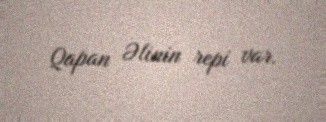
Qapan Əlinin repi var.